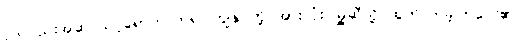
ဂွဒ်လည်းအဆင်သင့်ရောက်လာ၍ ကျွန်ုပ်တို့ အားလုံး မြို့ဆီသို့ ထွက်လာခဲ့ကြလေ၏။